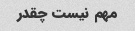
مهم نیست چقدر